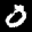
Label: 0